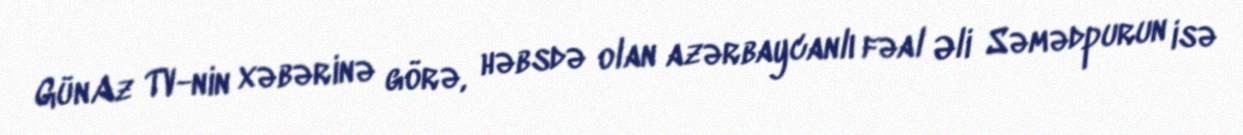
GünAz TV-nin xəbərinə görə, həbsdə olan azərbaycanlı fəal Əli Səmədpurun isə